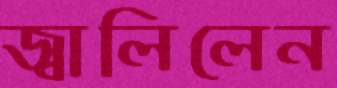
জ্বালিলেন